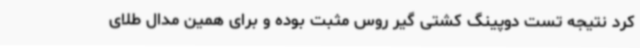
کرد نتیجه تست دوپینگ کشتی گیر روس مثبت بوده و برای همین مدال طلای